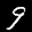
Label: 9